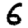
Digit: 6